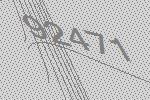
92471